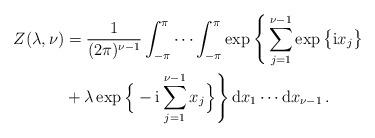
LaTeX: \begin{align*} Z(\lambda, \nu) &= \frac1{(2\pi)^{\nu-1}} \int_{-\pi}^\pi \cdots \int_{-\pi}^\pi \exp\Bigg\{ \sum_{j=1}^{\nu-1} \exp \big\{{\rm i}x_j\big\} \\ &+ \lambda \exp\Big\{-{\rm i} \sum_{j=1}^{\nu-1}x_j\Big\} \Bigg\}\, {\rm d}x_1 \cdots {\rm d}x_{\nu-1}\, . \end{align*}